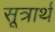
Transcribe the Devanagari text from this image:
सूत्रार्थ